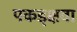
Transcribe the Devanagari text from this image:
पकड्क्षवा